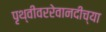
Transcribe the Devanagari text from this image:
पृथ्वीवररेवानदीच्या